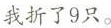
我折了9只。